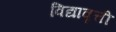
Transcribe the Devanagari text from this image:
विद्यावृत्ती